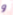
و